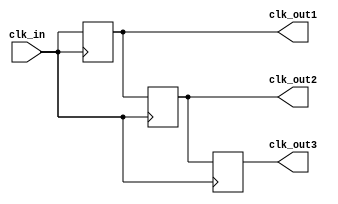
module clock_buffer (
    input wire clk_in,          // Single-ended clock input
    output wire clk_out1,      // First clock output
    output wire clk_out2,      // Second clock output (can be extended for more outputs)
    output wire clk_out3       // Third clock output (optional)
);

    // Parameters for drive strength and delay (can be adjusted)
    parameter DRIVE_STRENGTH = 2; // Drive strength multiplier
    parameter DELAY = 1;           // Propagation delay (in simulation units)

    // Internal signals for buffering
    reg clk_buf1;
    reg clk_buf2;
    reg clk_buf3;

    // Clock buffer logic with drive strength enhancement
    always @(posedge clk_in) begin
        // Simple buffering mechanism with delay
        clk_buf1 <= #DELAY clk_in;
        clk_buf2 <= #DELAY clk_buf1;
        clk_buf3 <= #DELAY clk_buf2;
    end

    // Assign buffered signals to outputs
    assign clk_out1 = clk_buf1;
    assign clk_out2 = clk_buf2;
    assign clk_out3 = clk_buf3;

endmodule